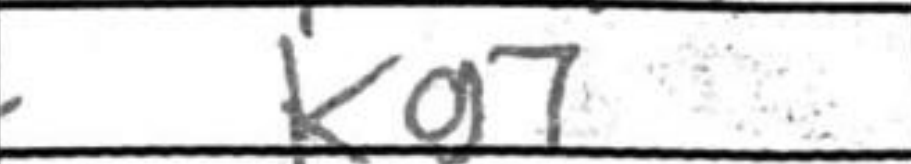
Transcription: Kg7